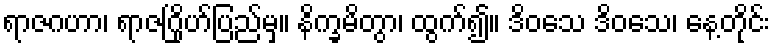
ရာဇဂဟာ၊ ရာဇဂြိုဟ်ပြည်မှ။ နိက္ခမိတွာ၊ ထွက်၍။ ဒိဝသေ ဒိဝသေ၊ နေ့တိုင်း